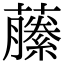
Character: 䕨